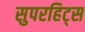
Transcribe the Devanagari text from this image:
सुपरहिट्स